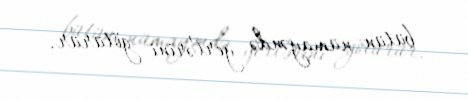
bütün nümayəndə yerlərini götürür.